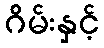
ဂိမ်းနှင့်